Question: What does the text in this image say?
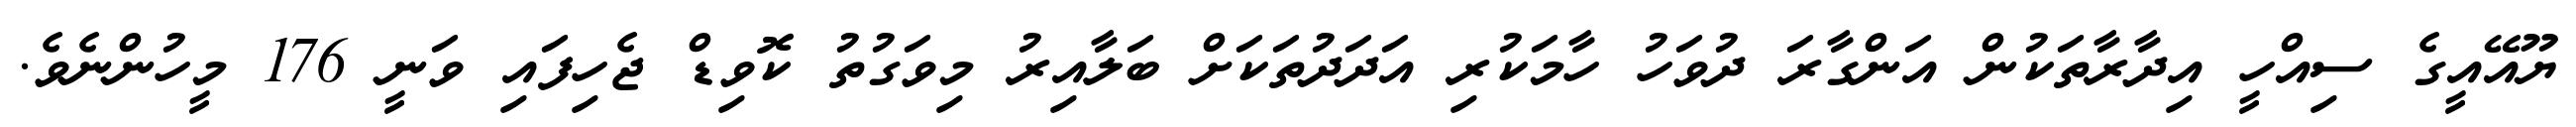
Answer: ޔޫއޭއީގެ ސިއްހީ އިދާރާތަކުން އަންގާރަ ދުވަހު ހާމަކުރި އަދަދުތަކަށް ބަލާއިރު މިވަގުތު ކޮވިޑް ޖެހިފައި ވަނީ 176 މީހުންނެވެ.